Investigations on Bengal jail dietaries - Number 37
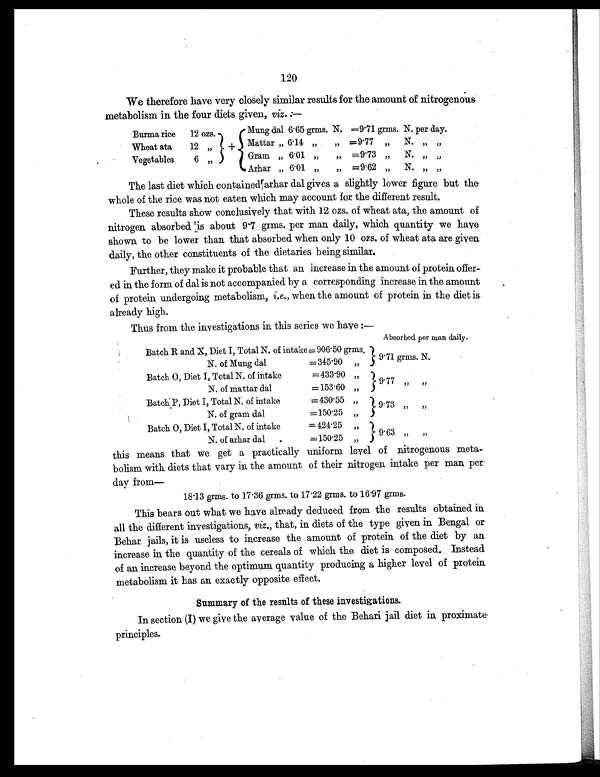
120
We therefore have very closely similar results for the amount of nitrogenous
metabolism in the four diets given, viz . :—
Burma rice
12 ozs
Mung dal 6.65 grms. N. =9.71 grms. N. per day.
Wheat ata
12 ”
+ Mattar ” 6.14 ”
” =9.77 ”
N.
” ”
Vegetables
6 ”
Gram
” 6.01
”
” =9.73 ”
N. ”
”
Arhar „ 6.01
”
” =9.62 ”
N. ”
”
The last diet which contained arhar dal gives a slightly lower figure but the
whole of the rice was not eaten which may account for the different result.
These results show conclusively that with 12 ozs. of wheat ata, the amount of
nitrogen absorbed is about 9.7 grms. per man daily, which quantity we have
shown to be lower than that absorbed when only 10 ozs. of wheat ata are given
daily, the other constituents of the dietaries being similar.
Further, they make it probable that an increase in the amount of protein offer-
ed in the form of dal is not accompanied by a corresponding increase in the amount
of protein undergoing metabolism, i.e. , when the amount of protein in the diet is
already high.
Thus from the investigations in this series we have :—
Absorbed per man daily.
Batch R and X, Diet I, Total N. of intake = 906.50 grms.
9.71 grms. N.
N. of Mung dal
=345.90
”
Batch 0, Diet I, Total N. of intake
=433.90 ”
9.77
”
”
N. of mattar dal
=153.60 ”
Batch P, Diet I, Total N. of intake
=430.55 ”
9.73
”
”
N. of gram dal
=150.25 ”
Batch O, Diet I, Total N. of intake
= 424.25
”
9.63
” ”
N . o f
a r h a r d a l
= 150 .25
this means that we get a practically uniform level of nitrogenous meta-
bolism with diets that vary in the amount of their nitrogen intake per man per
day from—
18.13 grms. to 17.36 grms. to 17.22 grms. to 16.97 grms.
This bears out what we have already deduced from the results obtained in
all the different investigations, viz., that, in diets of the type given in Bengal or
Behar jails, it is useless to increase the amount of protein of the diet by an
increase in the quantity of the cereals of which the diet is composed. Instead
of an increase beyond the optimum quantity producing a higher level of protein
metabolism it has an exactly opposite effect.
Summary of the results of these investigations.
In section (I) we give the average value of the Behari jail diet in proximate
principles.